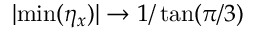
| \mathrm { m i n } ( \eta _ { x } ) | \rightarrow 1 / \tan ( \pi / 3 )